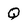
Character: Q